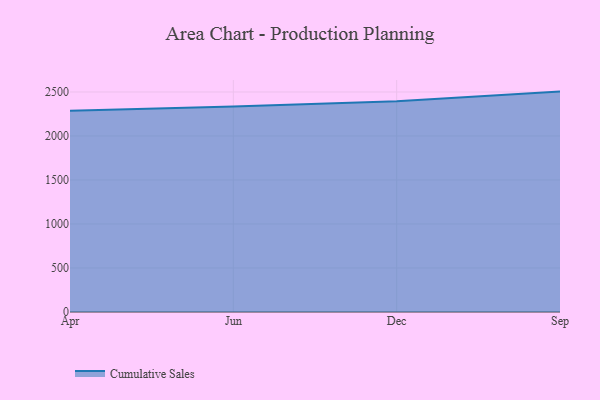
{"axis": {"x": "Month", "y": "Gross Profit (USD K)"}, "legend": ["Cumulative Sales"], "data": [{"x": "Apr", "y": 2286.0, "type": "Cumulative Sales"}, {"x": "Jun", "y": 2335.4, "type": "Cumulative Sales"}, {"x": "Dec", "y": 2396.0, "type": "Cumulative Sales"}, {"x": "Sep", "y": 2504.5, "type": "Cumulative Sales"}]}